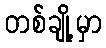
တစ်ချို့မှာ